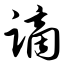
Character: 谪